Annual report of the Punjab Veterinary College and of the Civil Veterinary Department, Punjab - 1894-1908
Year: 1894
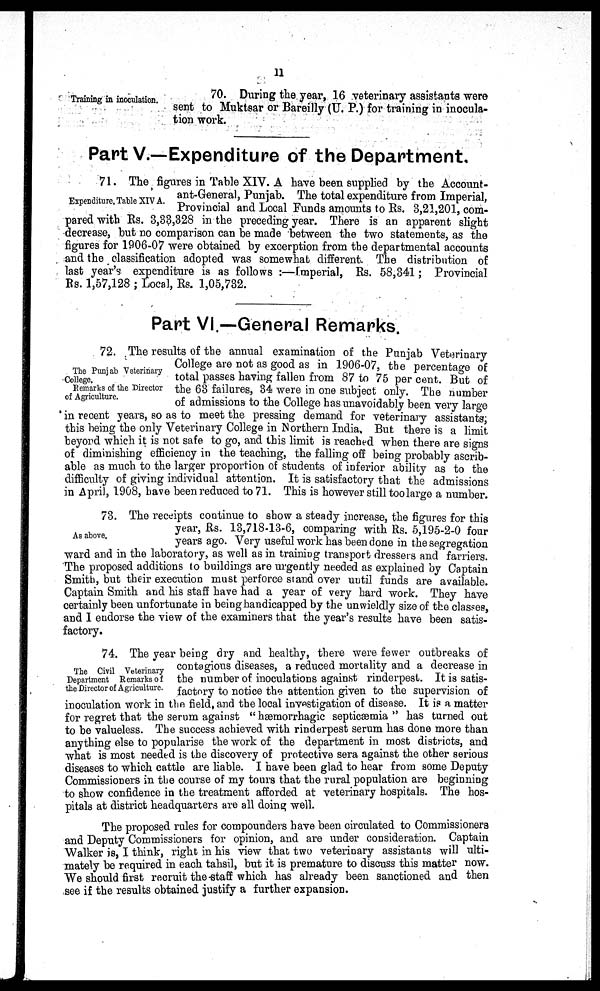
11
Training in inoculation.
70. During the year, 16 veterinary assistants were
sent to Muktsar or Bareilly (U. P.) for training in inocula-
tion work.
Part V.—Expenditure of the Department.
Expenditure. Table XIV A.
71. The figures in Table XIV. A have been supplied by the Account-
ant-General, Punjab. The total expenditure from Imperial,
Provincial and Local Funds amounts to Rs. 3,21,201, com-
pared with Rs. 3,33,328 in the preceding year. There is an apparent slight
decrease, but no comparison can be made between the two statements, as the
figures for 1906-07 were obtained by excerption from the departmental accounts
and the classification adopted was somewhat different. The distribution of
last year's expenditure is as follows:—Imperial, Rs. 58,341; Provincial
Rs. 1,57,128; Local, Rs. 1,05,732.
Part VI.—General Remarks.
The Punjab Veterinary
College.
Remarks of the Director
of Agriculture.
72. The results of the annual examination of the Punjab Veterinary
College are not as good as in 1906-07, the percentage of
total passes having fallen from 87 to 75 per cent. But of
the 63 failures, 34 were in one subject only. The number
of admissions to the College has unavoidably been very large
in recent years, so as to meet the pressing demand for veterinary assistants;
this being the only Veterinary College in Northern India, But there is a limit
beyord which it is not safe to go, and this limit is reached when there are signs
of diminishing efficiency in the teaching, the falling off being probably ascrib-
able as much to the larger proportion of students of inferior ability as to the
difficulty of giving individual attention. It is satisfactory that the admissions
in April, 1908, have been reduced to 71. This is however still too large a number.
As above.
73. The receipts continue to show a steady increase, the figures for this
year, Rs. 13,718-13-6, comparing with Rs. 5,195-2-0 four
years ago. Very useful work has been done in the segregation
ward and in the laboratory, as well as in training transport dressers and farriers.
The proposed additions to buildings are urgently needed as explained by Captain
Smith, but their execution must perforce stand over until funds are available.
Captain Smith and his staff have had a year of very hard work. They have
certainly been unfortunate in being handicapped by the unwieldly size of the classes,
and I endorse the view of the examiners that the year's results have been satis-
factory.
The Civil Veterinary
Department Remarks of
the Director of Agriculture.
74. The year being dry and healthy, there were fewer outbreaks of
contagious diseases, a reduced mortality and a decrease in
the number of inoculations against rinderpest. It is satis-
factory to notice the attention given to the supervision of
inoculation work in the field, and the local investigation of disease. It is a matter
for regret that the serum against "hæmorrhagic septicæmia" has turned out
to be valueless. The success achieved with rinderpest serum has done more than
anything else to popularise the work of the department in most districts, and
what is most needed is the discovery of protective sera against the other serious
diseases to which cattle are liable. I have been glad to hear from some Deputy
Commissioners in the course of my tours that the rural population are beginning
to show confidence in the treatment afforded at veterinary hospitals. The hos-
pitals at district headquarters are all doing well.
The proposed rules for compounders have been circulated to Commissioners
and Deputy Commissioners for opinion, and are under consideration. Captain
Walker is, I think, right in his view that two veterinary assistants will ulti-
mately be required in each tahsil, but it is premature to discuss this matter now.
We should first recruit the staff which has already been sanctioned and then
see if the results obtained justify a further expansion.